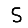
Digit: 5